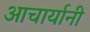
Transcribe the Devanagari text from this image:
आचार्यानी